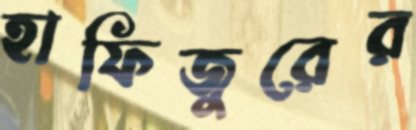
হাফিজুরের